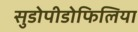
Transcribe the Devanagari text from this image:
सुडोपीडोफिलिया